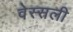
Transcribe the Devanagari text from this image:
वेस्सली